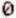
0